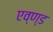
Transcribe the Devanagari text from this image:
एव्ण्ड